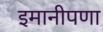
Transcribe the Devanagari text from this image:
इमानीपणा